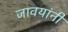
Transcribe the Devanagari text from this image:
जावयांनी